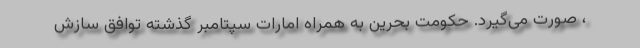
، صورت می‌گیرد. حکومت بحرین به همراه امارات سپتامبر گذشته توافق سازش